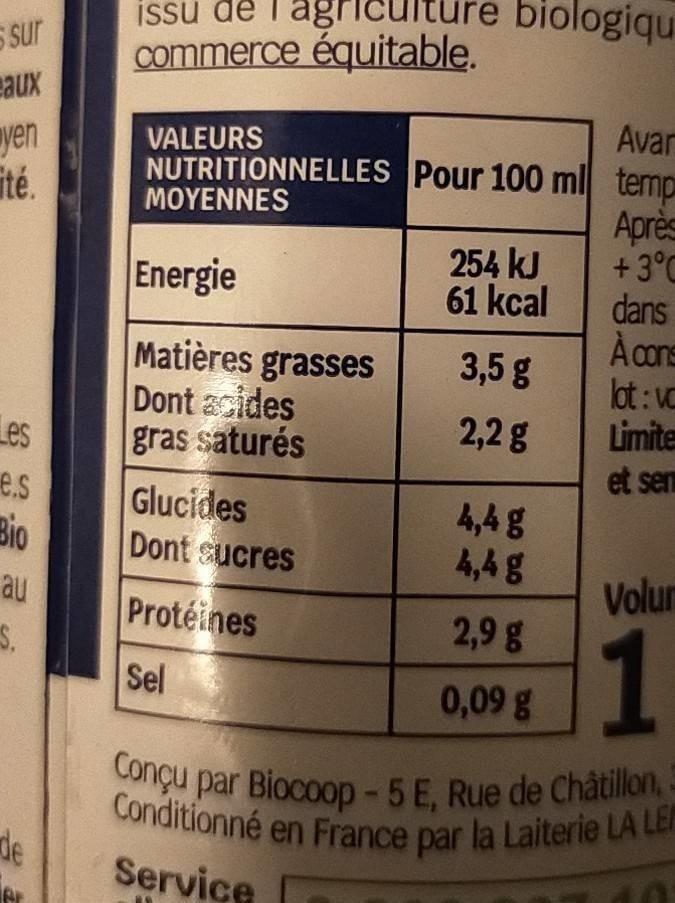
Conçu par Biocoop-5 E, Rue de Châtilln, 3
Conditionné en France par la Laiterie LA LE
issu de T'agricuiture biologiqu
S sur
commerce équitable.
Avar
yen ité.
VALEURS
NUTRITIONNELLES Pour 100 ml temp Après +3°C dans À cns lot: V Limite et sem
ΜΟΥΕΝΝES
Energie
254 kJ 61 kcal
Matières grasses Dont acides gras saturés Glucides Dont sucres
3,5 g
2,2 g
Les e.s Bio
4,4 g 4,4 g
au
Volur
Protéines
2,9 g
1
S.
Sel
0,09g
Concu par Biocoop - 5 E. Rue de Châtillon,
de
Service
fer